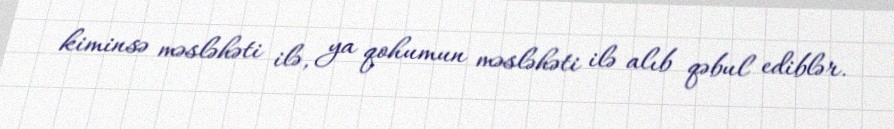
kiminsə məsləhəti ilə, ya qohumun məsləhəti ilə alıb qəbul ediblər.